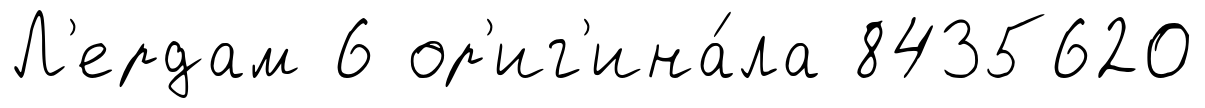
Л'ердам 6 ор'иг'ина́ла 8435620